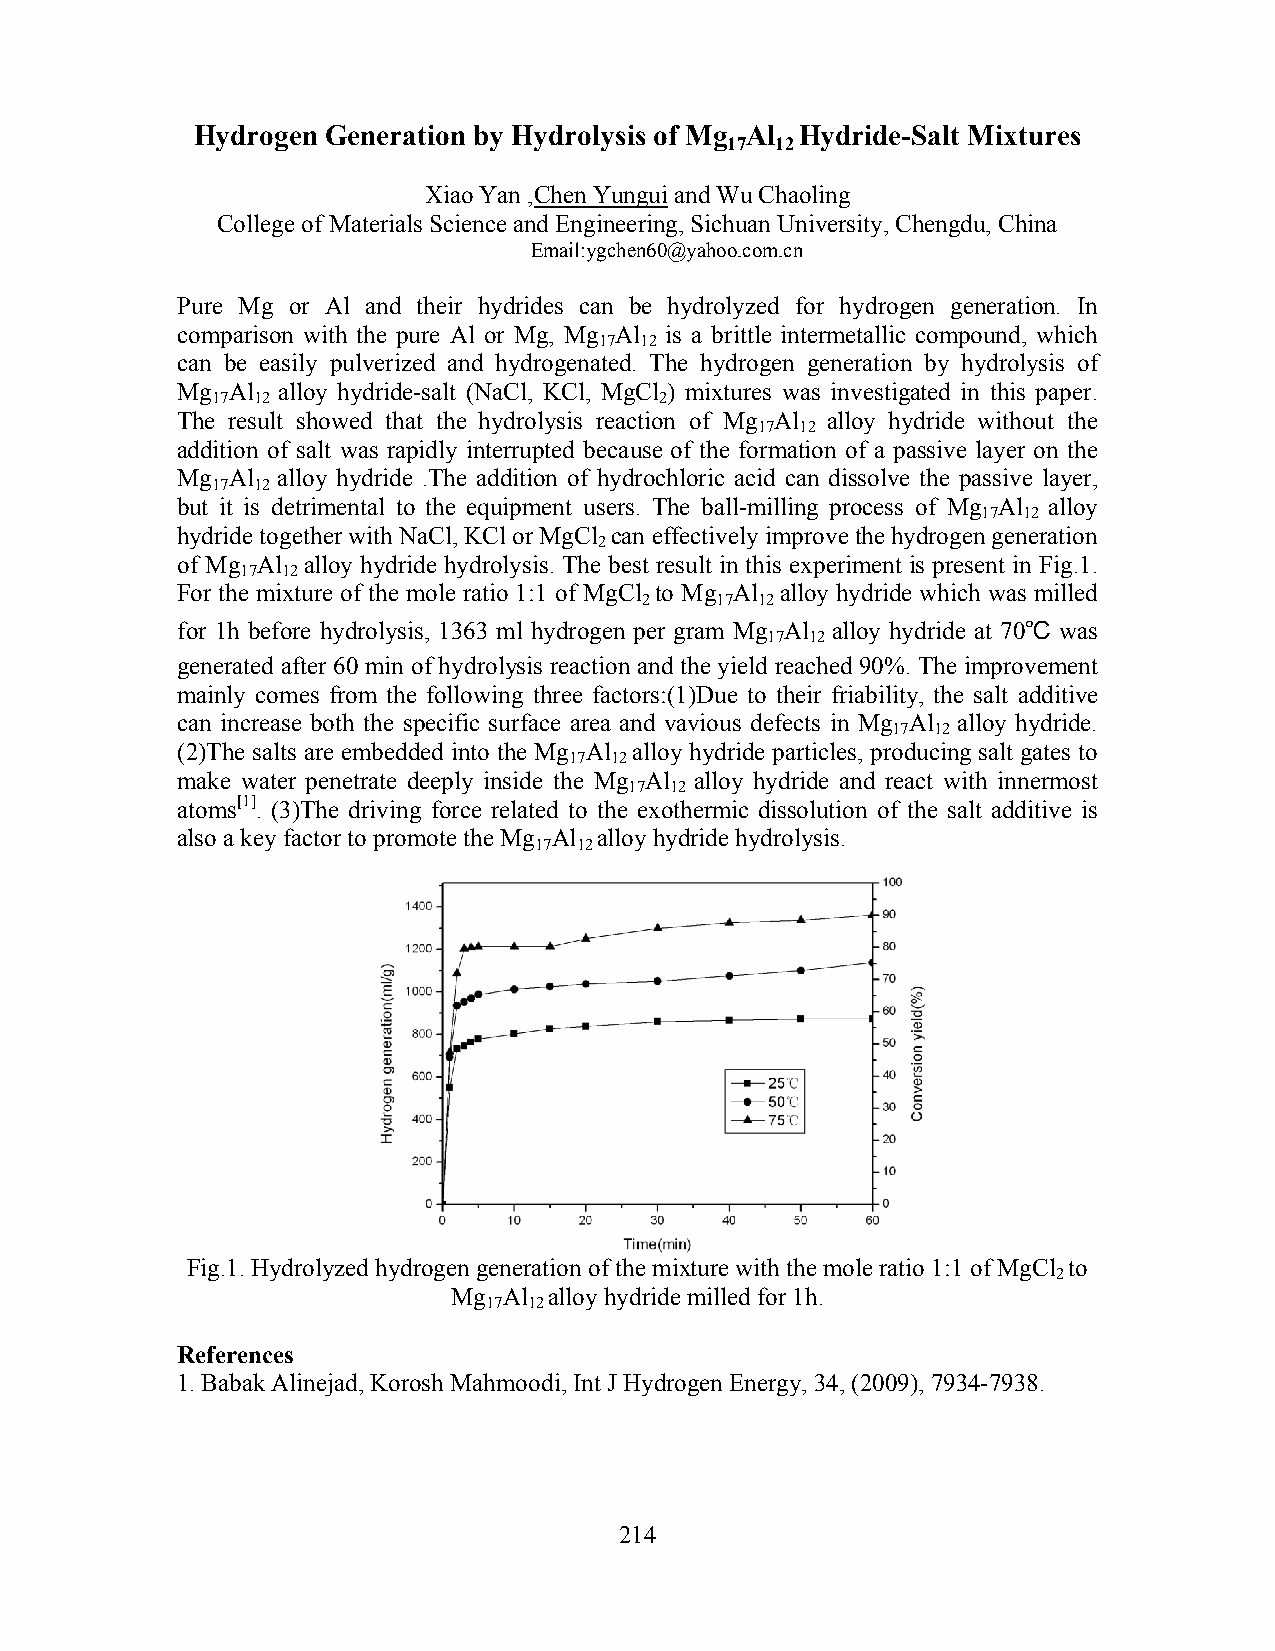
Hydrogen Generation by Hydrolysis of Mg Al Hydride-Salt Mixtures
 17 12
 Xiao Yan ,Chen Yungui and Wu Chaoling
 College of Materials Science and Engineering, Sichuan University, Chengdu, China
 Email:ygchen60@yahoo.com.cn
 Pure Mg or Al and their hydrides can be hydrolyzed for hydrogen generation. In
 comparison with the pure Al or Mg, Mg Al is a brittle intermetallic compound, which
 17 12
 can be easily pulverized and hydrogenated. The hydrogen generation by hydrolysis of
 Mg Al alloy hydride-salt (NaCl, KCl, MgCl ) mixtures was investigated in this paper.
 17 12                         2
 The result showed that the hydrolysis reaction of Mg Al alloy hydride without the
 17 12
 addition of salt was rapidly interrupted because of the formation of a passive layer on the
 Mg Al alloy hydride .The addition of hydrochloric acid can dissolve the passive layer,
 17 12
 but it is detrimental to the equipment users. The ball-milling process of Mg Al alloy
 17 12
 hydride together with NaCl, KCl or MgCl can effectively improve the hydrogen generation
 2
 of Mg Al alloy hydride hydrolysis. The best result in this experiment is present in Fig.1.
 17 12
 For the mixture of the mole ratio 1:1 of MgCl to Mg Al alloy hydride which was milled
 2    17 12
 for 1h before hydrolysis, 1363 ml hydrogen per gram Mg Al alloy hydride at 70℃ was
 17 12
 generated after 60 min of hydrolysis reaction and the yield reached 90%. The improvement
 mainly comes from the following three factors:(1)Due to their friability, the salt additive
 can increase both the specific surface area and vavious defects in Mg Al alloy hydride.
 17 12
 (2)The salts are embedded into the Mg Al alloy hydride particles, producing salt gates to
 17 12
 make water penetrate deeply inside the Mg Al alloy hydride and react with innermost
 17 12
 atoms[1]. (3)The driving force related to the exothermic dissolution of the salt additive is
 also a key factor to promote the Mg Al alloy hydride hydrolysis.
 17 12
 Fig.1. Hydrolyzed hydrogen generation of the mixture with the mole ratio 1:1 of MgCl to
 2
 Mg Al alloy hydride milled for 1h.
 17 12
 References
 1. Babak Alinejad, Korosh Mahmoodi, Int J Hydrogen Energy, 34, (2009), 7934-7938.
 214